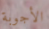
الأجوبة